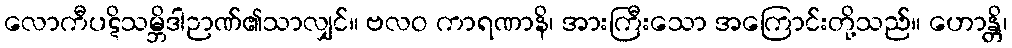
လောကီပဋိသမ္ဘိဒါဉာဏ်၏သာလျှင်။ ဗလဝ ကာရဏာနိ၊ အားကြီးသော အကြောင်းတို့သည်။ ဟောန္တိ၊